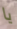
يا